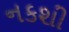
નકશી